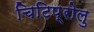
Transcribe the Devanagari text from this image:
चिटिप्रोलु